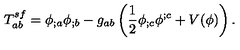
T _ { a b } ^ { s f } = \phi _ { ; a } \phi _ { ; b } - g _ { a b } \left( \frac { 1 } { 2 } \phi _ { ; c } \phi ^ { ; c } + V ( \phi ) \right) .